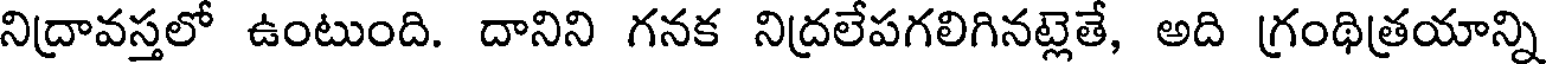
నిద్రావస్తలో ఉంటుంది. దానిని గనక నిద్రలేపగలిగినట్లెతే, అది గ్రంథిత్రయాన్ని